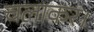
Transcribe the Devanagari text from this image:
चलाकर।